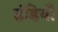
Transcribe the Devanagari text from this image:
डंडियाँ